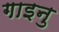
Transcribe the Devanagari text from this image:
गाइनु